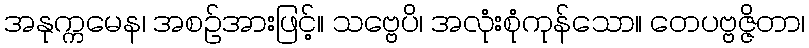
အနုက္ကမေန၊ အစဉ်အားဖြင့်။ သဗ္ဗေပိ၊ အလုံးစုံကုန်သော။ တေပဗ္ဗဇ္ဇိတာ၊